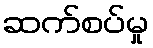
ဆက်စပ်မှု